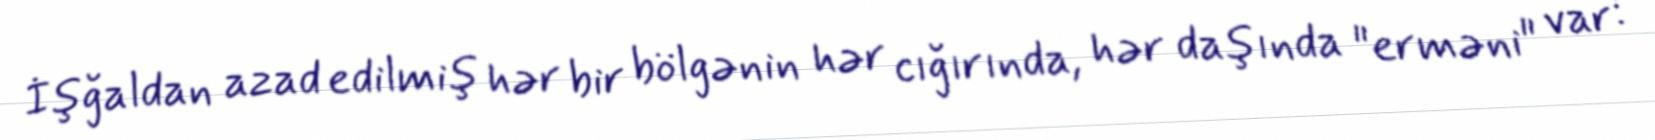
İşğaldan azad edilmiş hər bir bölgənin hər cığırında, hər daşında "erməni" var: